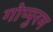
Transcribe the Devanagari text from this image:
गोप्पुरम